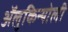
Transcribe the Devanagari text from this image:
ॲलुकिन्योली